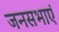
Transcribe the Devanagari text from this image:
जनसभाएं